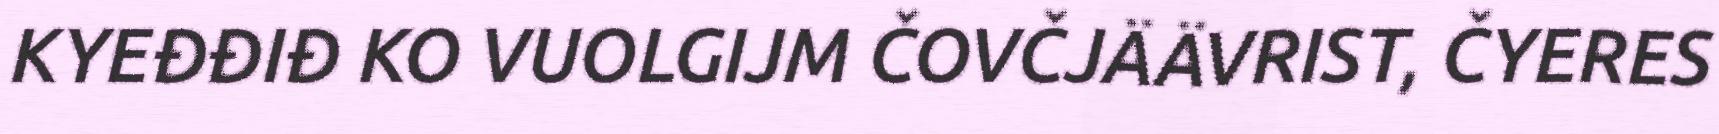
KYEĐĐIĐ KO VUOLGIJM ČOVČJÄÄVRIST, ČYERES